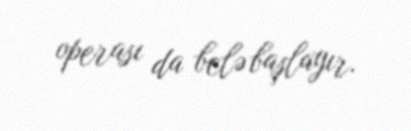
operası da belə başlayır.